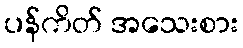
ပန်ကိတ် အသေးစား